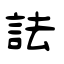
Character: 詓